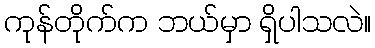
ကုန်တိုက်က ဘယ်မှာ ရှိပါသလဲ။